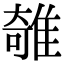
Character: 𨿫